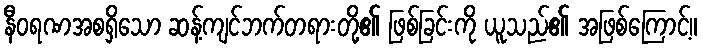
နီဝရဏအစရှိသော ဆန့်ကျင်ဘက်တရားတို့၏ ဖြစ်ခြင်းကို ယူသည်၏ အဖြစ်ကြောင့်။